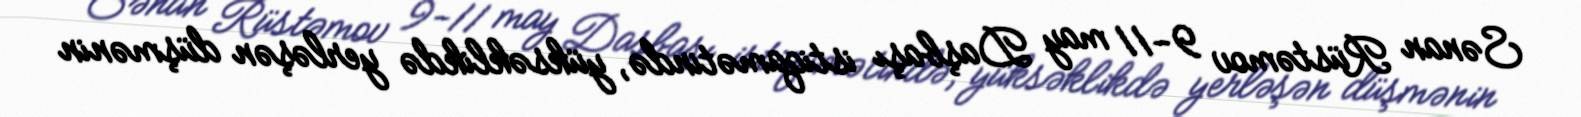
Sənan Rüstəmov 9-11 may Daşbaşı istiqamətində, yüksəklikdə yerləşən düşmənin